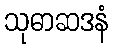
သုဓာဆဒနံ